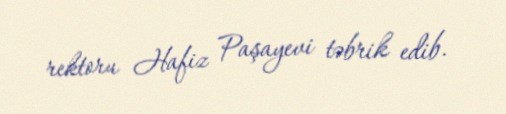
rektoru Hafiz Paşayevi təbrik edib.